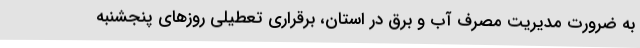
به ضرورت مدیریت مصرف آب و برق در استان، برقراری تعطیلی روزهای پنجشنبه